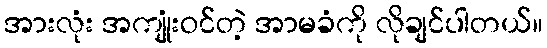
အားလုံး အကျုံးဝင်တဲ့ အာမခံကို လိုချင်ပါတယ်။